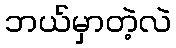
ဘယ်မှာတဲ့လဲ